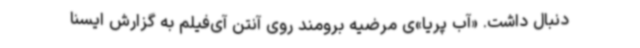
دنبال داشت. «آب پریا»ی مرضیه برومند روی آنتن آی‌فیلم به‌ گزارش ایسنا